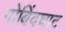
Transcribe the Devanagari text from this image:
गोबिंदघाट